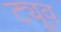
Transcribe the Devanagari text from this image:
ट्यूव